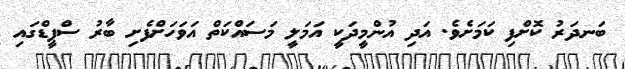
ބަނދަރު ކޮށްފި ކަމަށެވެ. އަދި އުންމީދަކީ އަމަލީ މަސައްކަތް އަވަހަށްފެށި ބާރު ސްޕީޑްގައި